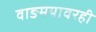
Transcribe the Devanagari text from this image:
वाङमयावरही